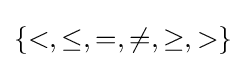
\{<,\leq ,=,\neq ,\geq ,>\}